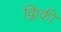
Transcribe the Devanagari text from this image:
क्लिकी